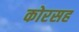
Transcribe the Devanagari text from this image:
कोरसह